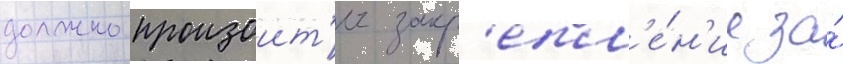
должно произоит'и закр'епл'е́н'ие за́